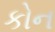
કોન